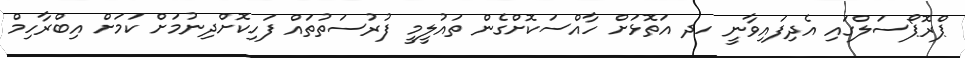
ޕްރޮޕޯސަލްގައި އެދިފައިވާނީ ހދ އަތޮޅަށް ހާއްސަކޮށްގެން ތައުލީމީ ފުރުސަތުތައް ފަހިކޮށްދިނުމަށް ކަމަށް އިބްރާހިމް